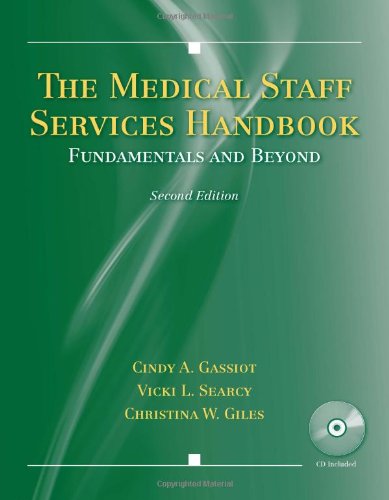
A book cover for The Medical Staff Services Handbook: Fundamentals and Beyond; Cindy A. Gassiot; Law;